Indian journal of veterinary science and animal husbandry - Volumes 26-27, 1956-1957
Year: 1956
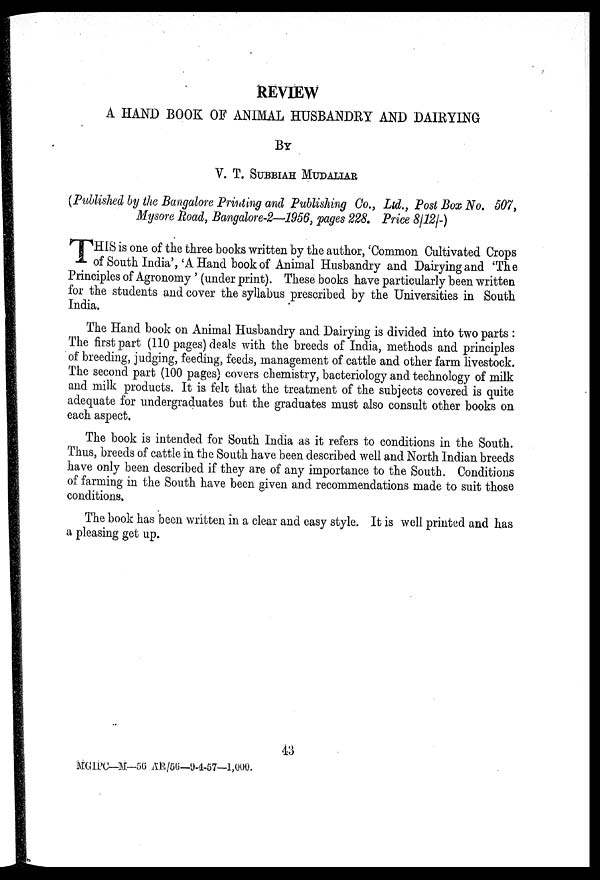
REVIEW
A HAND BOOK OF ANIMAL HUSBANDRY AND DAIRYING
BY
V. T. SUBBIAH MUDALIAR
(Published by the Bangalore Printing and Publishing Co., Ltd., Post Box No. 507,
Mysore Road, Bangalore-2—1956, pages 228. Price 8/12/-)
T HIS is one of the three books written by the author, 'Common Cultivated Crops
of South India', 'A Hand book of Animal Husbandry and Dairying and 'The
Principles of Agronomy ' (under print). These books have particularly been written
for the students and cover the syllabus prescribed by the Universities in South
India.
The Hand book on Animal Husbandry and Dairying is divided into two parts .
The first part (110 pages) deals with the breeds of India, methods and principles
of breeding, judging, feeding, feeds, management of cattle and other farm livestock.
The second part (100 pages) covers chemistry, bacteriology and technology of milk
and milk products. It is felt that the treatment of the subjects covered is quite
adequate for undergraduates but the graduates must also consult other books on
each aspect.
The book is intended for South India as it refers to conditions in the South.
Thus, breeds of cattle in the South have been described well and North Indian breeds
have only been described if they are of any importance to the South. Conditions
of farming in the South have been given and recommendations made to suit those
conditions.
The book has been written in a clear and easy style. It is well printed and has
a pleasing get up.
43
MGTPC—M—56 AE/56—9-4-57—1,000.